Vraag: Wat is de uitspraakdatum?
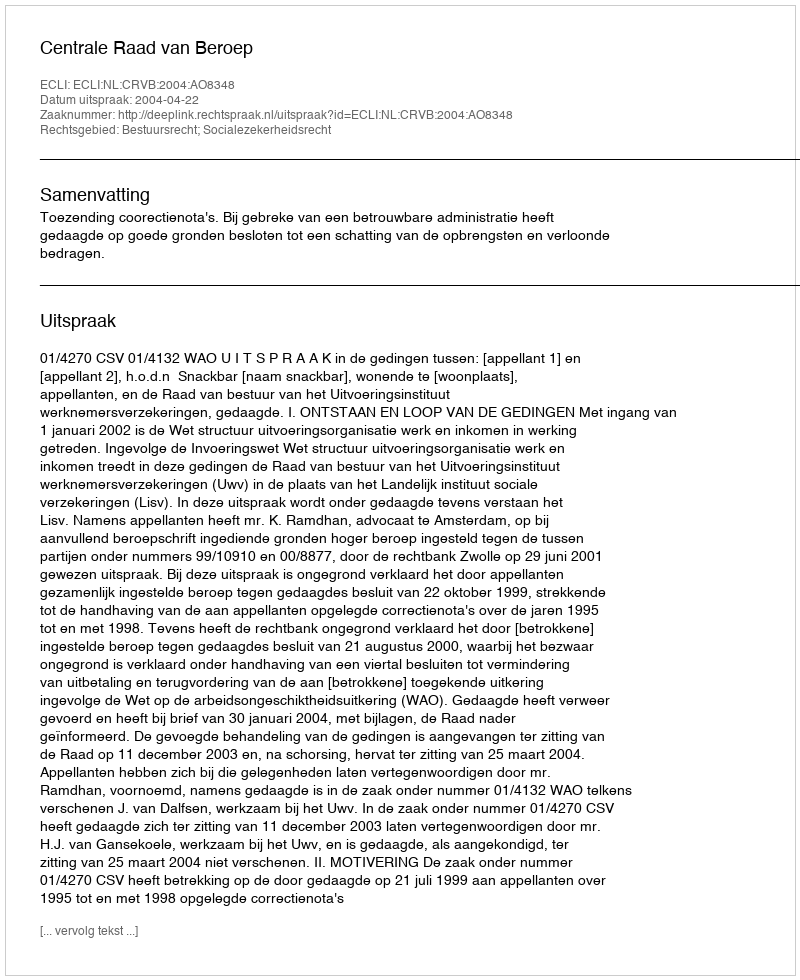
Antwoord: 2004-04-22